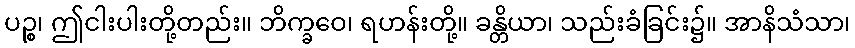
ပဉ္စ၊ ဤငါးပါးတို့တည်း။ ဘိက္ခဝေ၊ ရဟန်းတို့။ ခန္တိယာ၊ သည်းခံခြင်း၌။ အာနိသံသာ၊